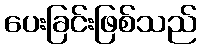
ပေးခြင်းဖြစ်သည်